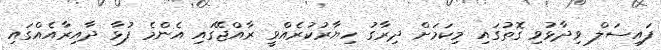
ފައިސަލް ވިދާޅުވި ގޮތުގައި މިކަމަށް ދިރާގު ހިޔާރުކުރެއްވީ ރާއްޖޭގައި އެންމެ ފުޅާ ދާއިރާއެއްގައި